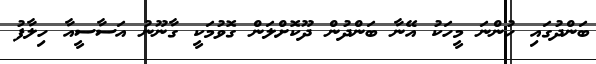
ބަންދުގައި ހުންނަ މީހަކު އޭނާ ބަންދުން ދޫކޮށްލަން ގޮވުމަކީ ގާނޫނު އަސާސީއާ ހިލާފު